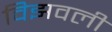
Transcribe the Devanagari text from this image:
विझवली